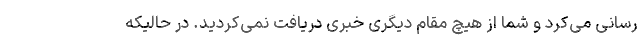
رسانی می‌کرد و شما از هیچ مقام دیگری خبری دریافت نمی‌کردید. در حالیکه